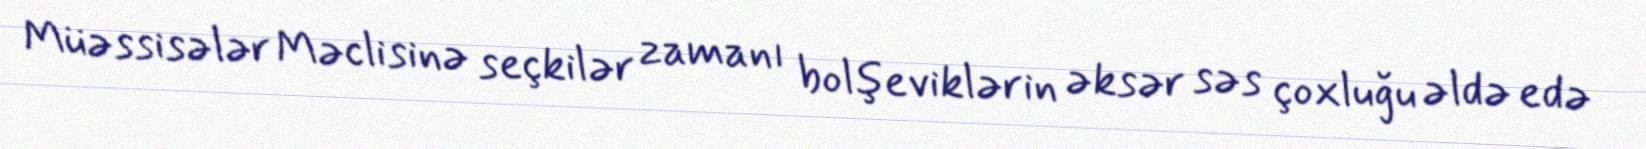
Müəssisələr Məclisinə seçkilər zamanı bolşeviklərin əksər səs çoxluğu əldə edə